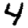
Digit: 4